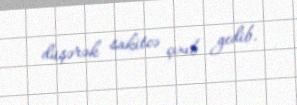
düşərək sakitcə çıxıb gedib.